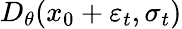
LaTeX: D_{\theta}(x_{0}+\varepsilon_{t},\sigma_{t})